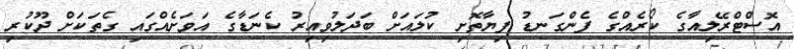
އޮސްޓްރޭލިއާގެ ކޯޯރެއްގެ ފެންގަނޑު ފިޔާތޮށި ކުލައަށް ބަދަލުވިއިރު ކެނަޑާގެ އަވަށެއްގައި ގެތަކަށް ދޫކުރި